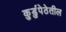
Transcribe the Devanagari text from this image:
कुर्डुपेठेतील